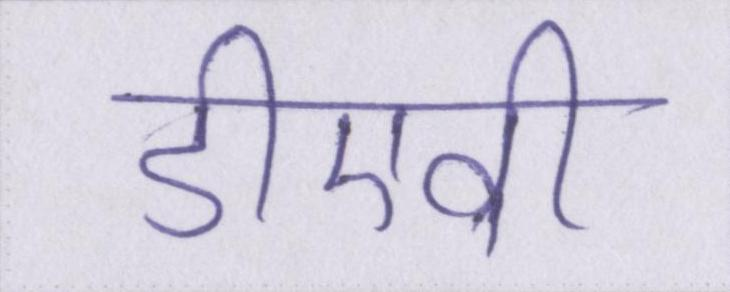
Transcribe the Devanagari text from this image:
डीएवी